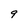
Character: 9